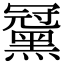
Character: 𪑪